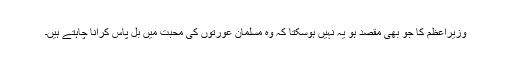
وزیراعظم کا جو بھی مقصد ہو یہ نہیں ہوسکتا کہ وہ مسلمان عورتوں کی محبت میں بل پاس کرانا چاہتے ہیں۔